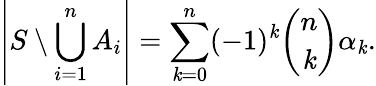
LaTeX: \left|S\setminus\bigcup_{i=1}^{n}A_{i}\right|=\sum_{\mathit{k}=0}^{n}(-1)^{\mathit{k}}{\binom{n}{\mathit{k}}}\alpha_{\mathit{k}}.